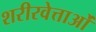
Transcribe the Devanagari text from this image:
शरीरवेत्ताओं